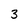
Character: 3